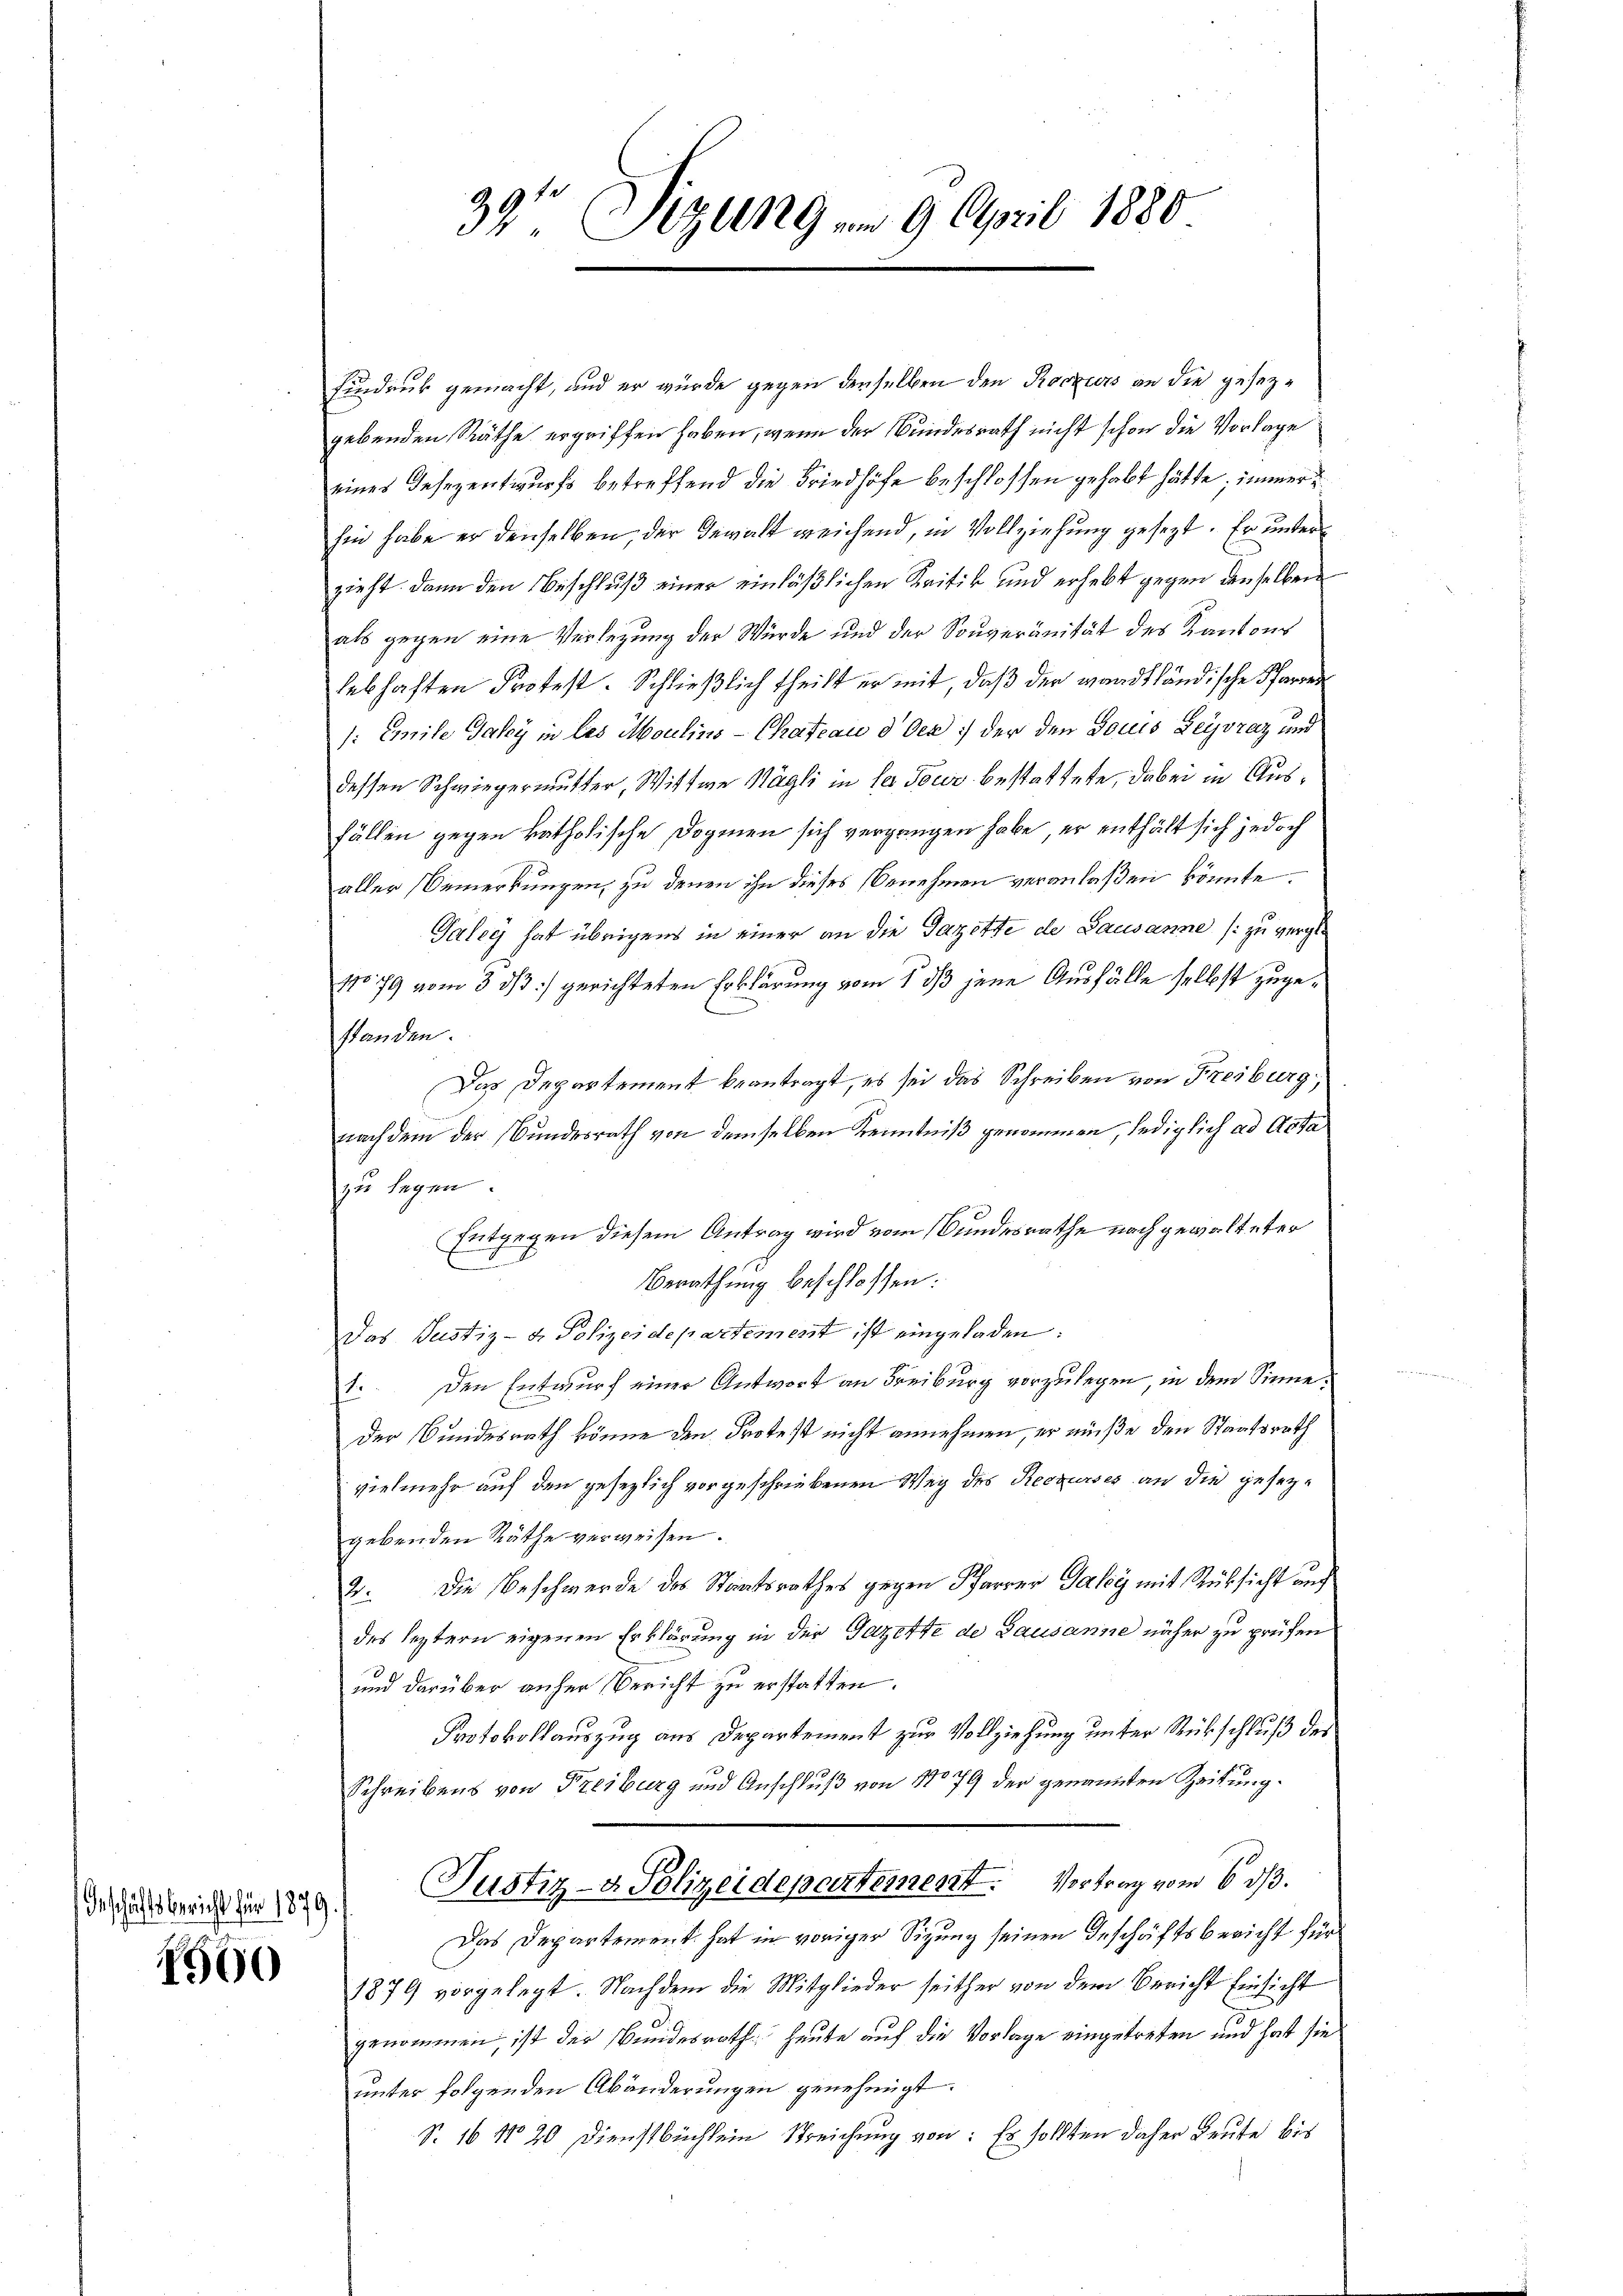
Geschäftsbericht für 1879.

1560

39te Sizung vom 9. April 1880

Eindruck gemacht, und er würde gegen denselben den Roczurs an die gesezgebenden Räthe ergriffen haben, wenn der Bundesrath nicht schon die Vorlage
eines Desezentwurfs betreffend die Friedhöfe beschlossen gehabt hätte; immer
hin habe er denselben, der Gewalt weichend, in Vollziehung gesezt. Er unter
zieht. Dann den Beschluß einer einläßlichen Kritik und erhebt gegen denselben
als gegen eine Verlegung der Würde und der Souveränität des Kantons
lebhaften Protest. Schließlich theilt er mit, daß der waadtländische Pfarrer
1: Emile Jaky in des Moulins-Chateau d Oer) der den Doues Leyvraz und
dessen Schwiegermutter, Wittwe Magli in der Tour bestattete, dabei in Ausfällen gegen katholische Dogmen sich vergangen habe, er enthält sich jedoch
aller Bemerkungen, zu denen ihn dieses Benehmen veranlaßen könnte.
Galey hat übrigens in einer an die Gazette de Lausanne (: zu verge¬
1079 vom 3. ds :/ gerichteten Erklärung vom 5. dß jene Ausfälle selbst zugestanden.
Das Departement beantragt, es sei das Schreiben von Freiburg
nach dem der Bundesrath von demselben Kenntniß genommen, lediglich ad Acta
zu legen
Entgegen diesem Antrag wird vom Bundesrathe nach gewalteter
Berathung beschlossen:
Das Justiz- & Polizeidepartement ist eingeladen:
1. Den Entwurf einer Antwort an Freiburg vorzulegen, in dem Sinne:
Der Bundesrath könne den Protest nicht annehmen, er müße den Staatsrath
vielmehr auf den gesezlich vorgeschriebenen Weg des Recurses an die gesetzgebenden Räthe verweisen.
2. Die Beschwerde des Staatsrathes gegen Pfarrer Galog mit Rücksicht auch
des leztern eigenen Erklärung in der Gazette de Lausanne näher zu prüfen
und darüber anher Bericht zu erstatten.
Protokollauszug aus Departement zur Vollziehung unter Rückschluß des
Schreibens von Freiburg und Anschluß von No 79 der genannten Zeitung.
Justiz- & Polizeidepartement. Vortrag vom 6. ds.
Das Departement hat in voriger Sigung seinen Geschäftsbericht für
1879 vorgelegt. Nachdem die Mitglieder seither von dem Bericht Einsicht
genommen, ist der Bundesrath heute auf die Vorlage eingetreten und hat sie
unter folgenden Abänderungen genehmigt.
S. 16 No 20 Dienstbüchlein Streichung von: Es sollten daher heute bis